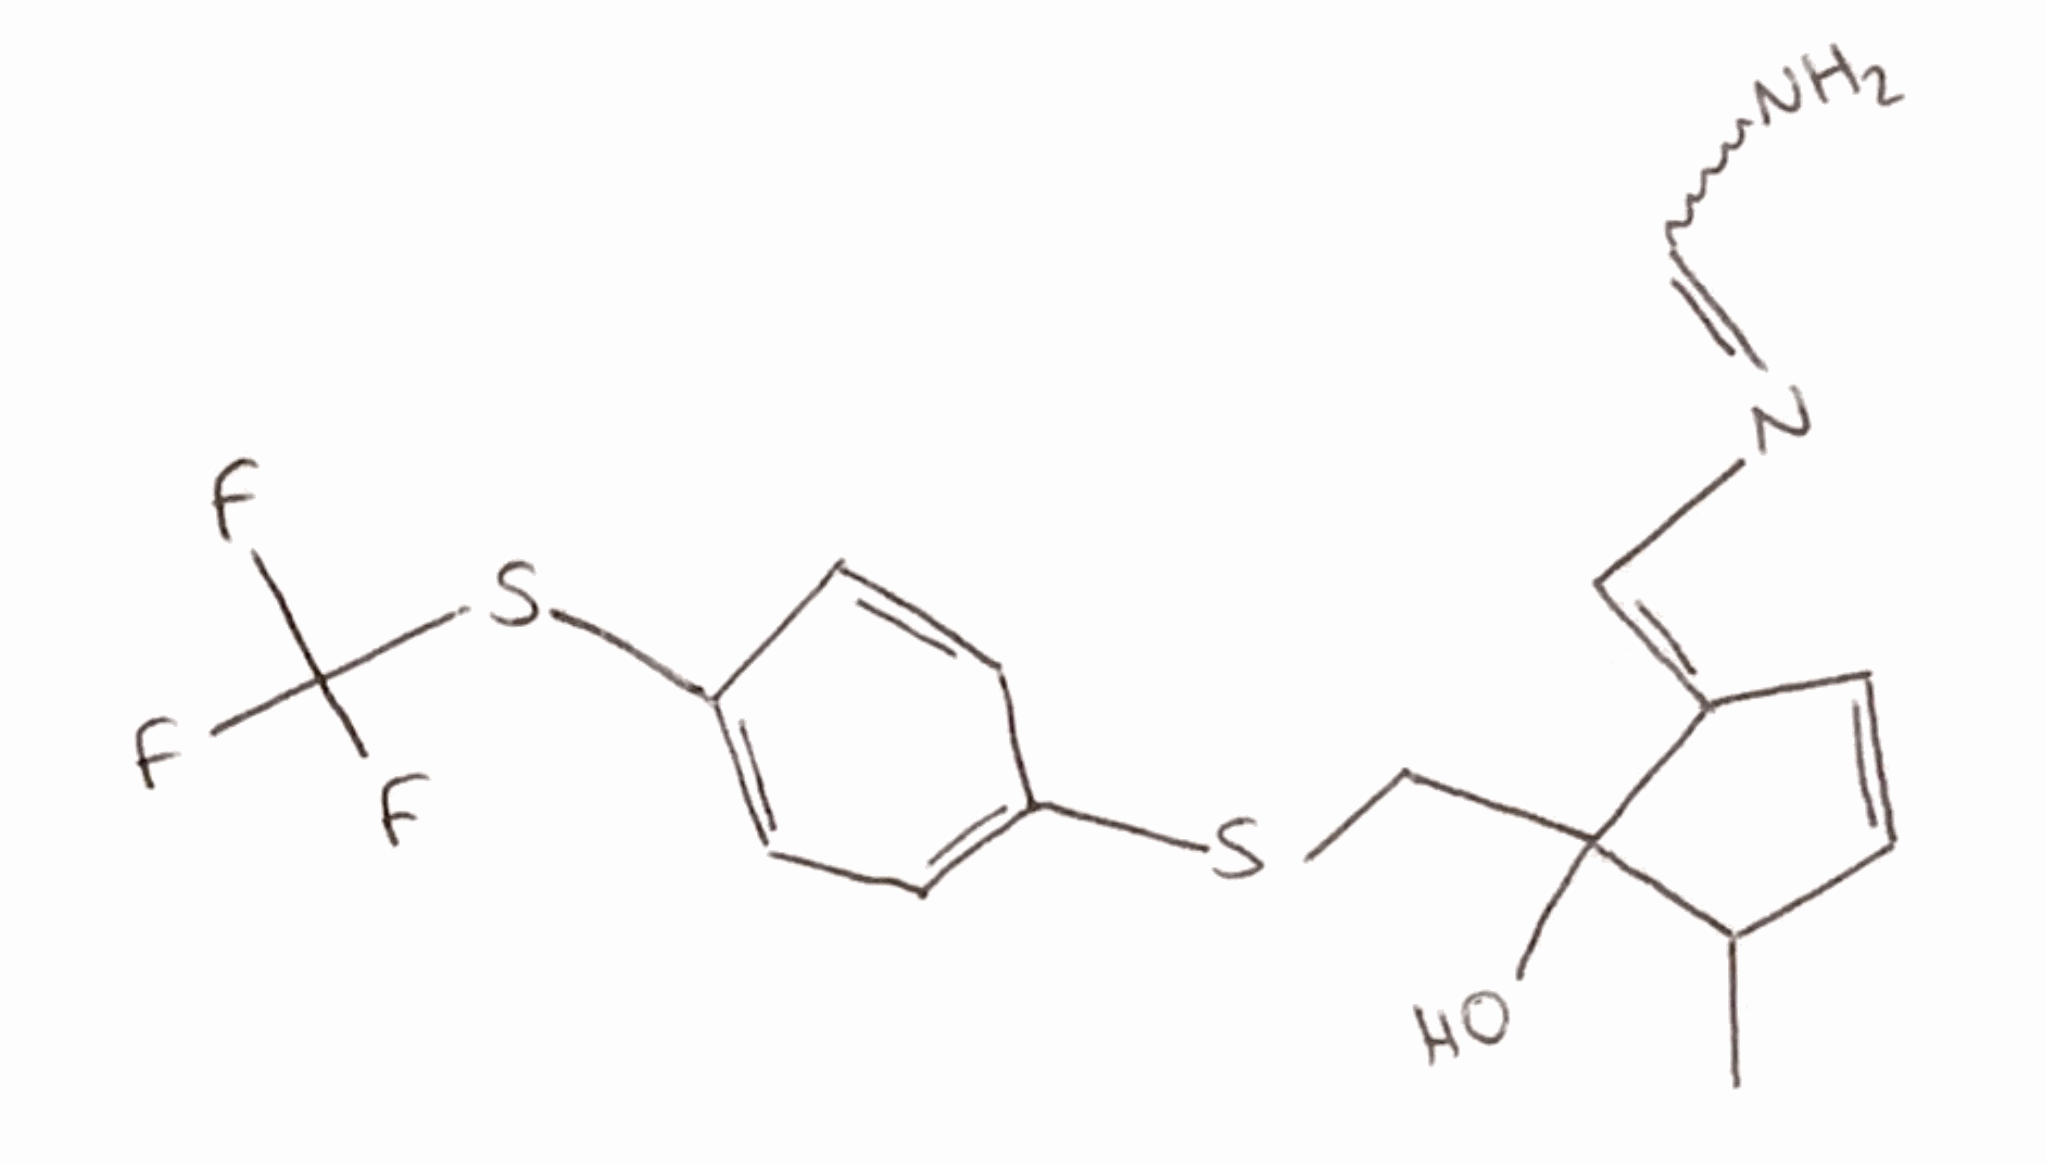
Simplified molecular-input line-entry system (SMILES) notation of the given molecule:
CC1C=C/C(=C\N=CN)/C1(CSC2=CC=C(C=C2)SC(F)(F)F)O